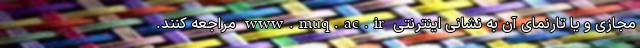
مجازی و یا تارنمای آن به نشانی اینترنتی www.muq.ac.ir مراجعه کنند.